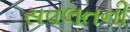
સવલતની